Civil Veterinary Dept. Bombay admin report 1923-31 - 1923-1931
Year: 1923
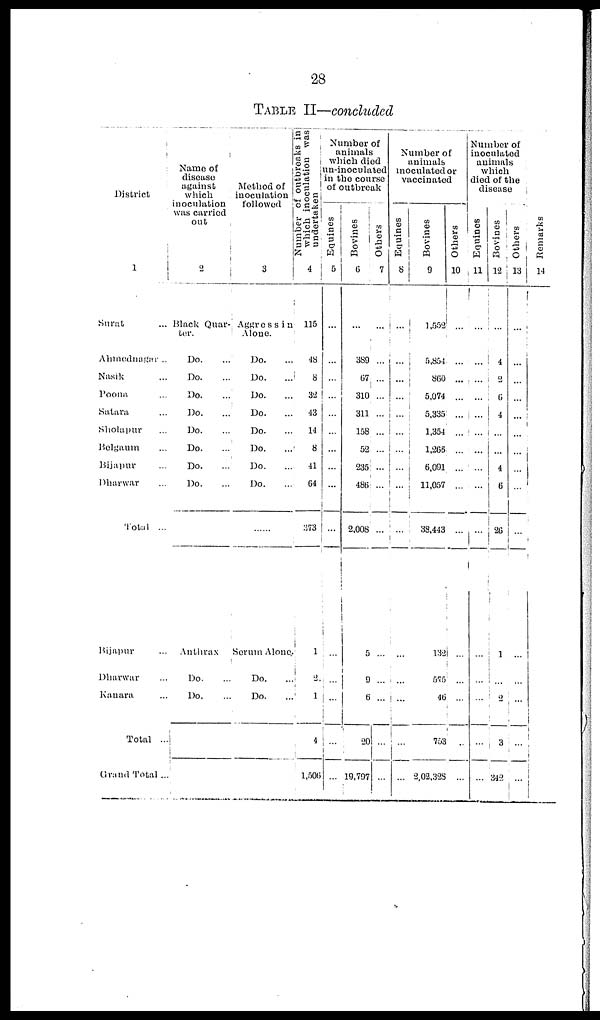
28
TABLE II—concluded
District
1
Surat
...
Ahmednagar ..
Nasik ...
Poona ...
Satara ...
Sholapur ...
Belgaum ...
Bijapur ...
Dharwar ...
Total ...
Bijapur ...
Dharwar ...
Kauara ...
Total ...
Grand Total ...
Name of
disease
against
which
inoculation
was carried
out
2
Black Quar-
ter.
Do. ...
Do. ...
Do. ...
Do. ...
Do. ...
Do. ...
Do. ...
Do. ...
Anthrax
Do. ...
Do. ...
...
Method of
nocuiation
followed
3
Aggressin
Alone.
Do. ...
Do. ...
Do. ...
Do. ...
Do. ...
Do. ...
Do. ...
Do. ...
......
Serum Alone
Do. ...
Do. ...
...
Number of outbreaks in
which inoculation was
undertaken
4
115
48
8
32
43
14
8
41
64
373
1
9
1
4
1,506
Number of
animals
which died
un-inoculated
in the course
of outbreak
Equines
5
...
...
...
...
...
...
...
...
...
...
...
...
...
...
...
Bovines
6
...
389
67
310
311
158
52
235
486
2,008
5
9
6
20
19,797
Others
7
...
...
...
...
...
...
...
...
...
...
...
...
...
...
...
Number of
animals
inoculated or
vaccinated
Equines
8
...
...
...
...
...
...
...
...
...
...
...
...
...
...
...
Bovines
9
1,552
5,854
860
5,074
5,335
1,354
1,265
6,091
11,057
38,443
153
57
46
76
2,02,32
Others
10
...
...
...
...
...
...
...
...
...
...
...
...
...
...
...
Number of
inoculated
animals
which
died of the
disease
Equines
11
...
...
...
...
...
...
...
...
...
...
...
...
...
...
...
Bovines
12
...
4
2
6
4
...
...
4
6
26
1
...
2
3
342
Others
13
...
...
...
...
...
...
...
...
...
...
...
...
...
...
...
Remarks
14
...